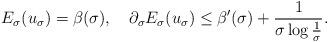
LaTeX: \begin{align*}E_\sigma(u_\sigma)=\beta(\sigma),\quad\partial_\sigma E_\sigma(u_\sigma)\leq \beta'(\sigma)+\frac{1}{\sigma\log\frac{1}{\sigma}}.\end{align*}